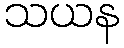
သယန